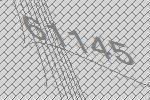
61145